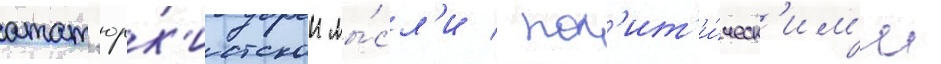
атат'юрк'истскои мы́сл'и / пол'ит'и́ческ'им'и